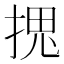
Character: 𭡏